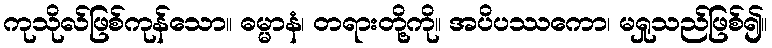
ကုသိုလ်ဖြစ်ကုန်သော။ ဓမ္မာနံ၊ တရားတို့ကို။ အပိပဿကော၊ မရှုသည်ဖြစ်၍။